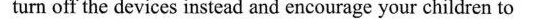
turn off the devices instead and encourage your children to